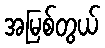
အမြစ်တွယ်